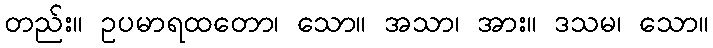
တည်း။ ဥပမာရထတော၊ သော။ အသာ၊ အား။ ဒသမ၊ သော။